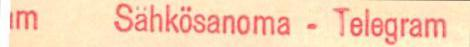
m Sähkösanoma-Telegram